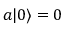
a | 0 \rangle = 0